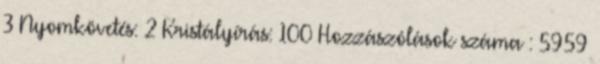
3 Nyomkövetés: 2 Kristályírás: 100 Hozzászólások száma : 5959